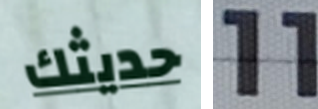
حديثك 11